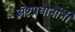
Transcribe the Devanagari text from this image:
अष्टप्रधानांनी